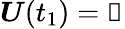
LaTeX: \boldsymbol{U}(t_{1})=\mathbb{1}